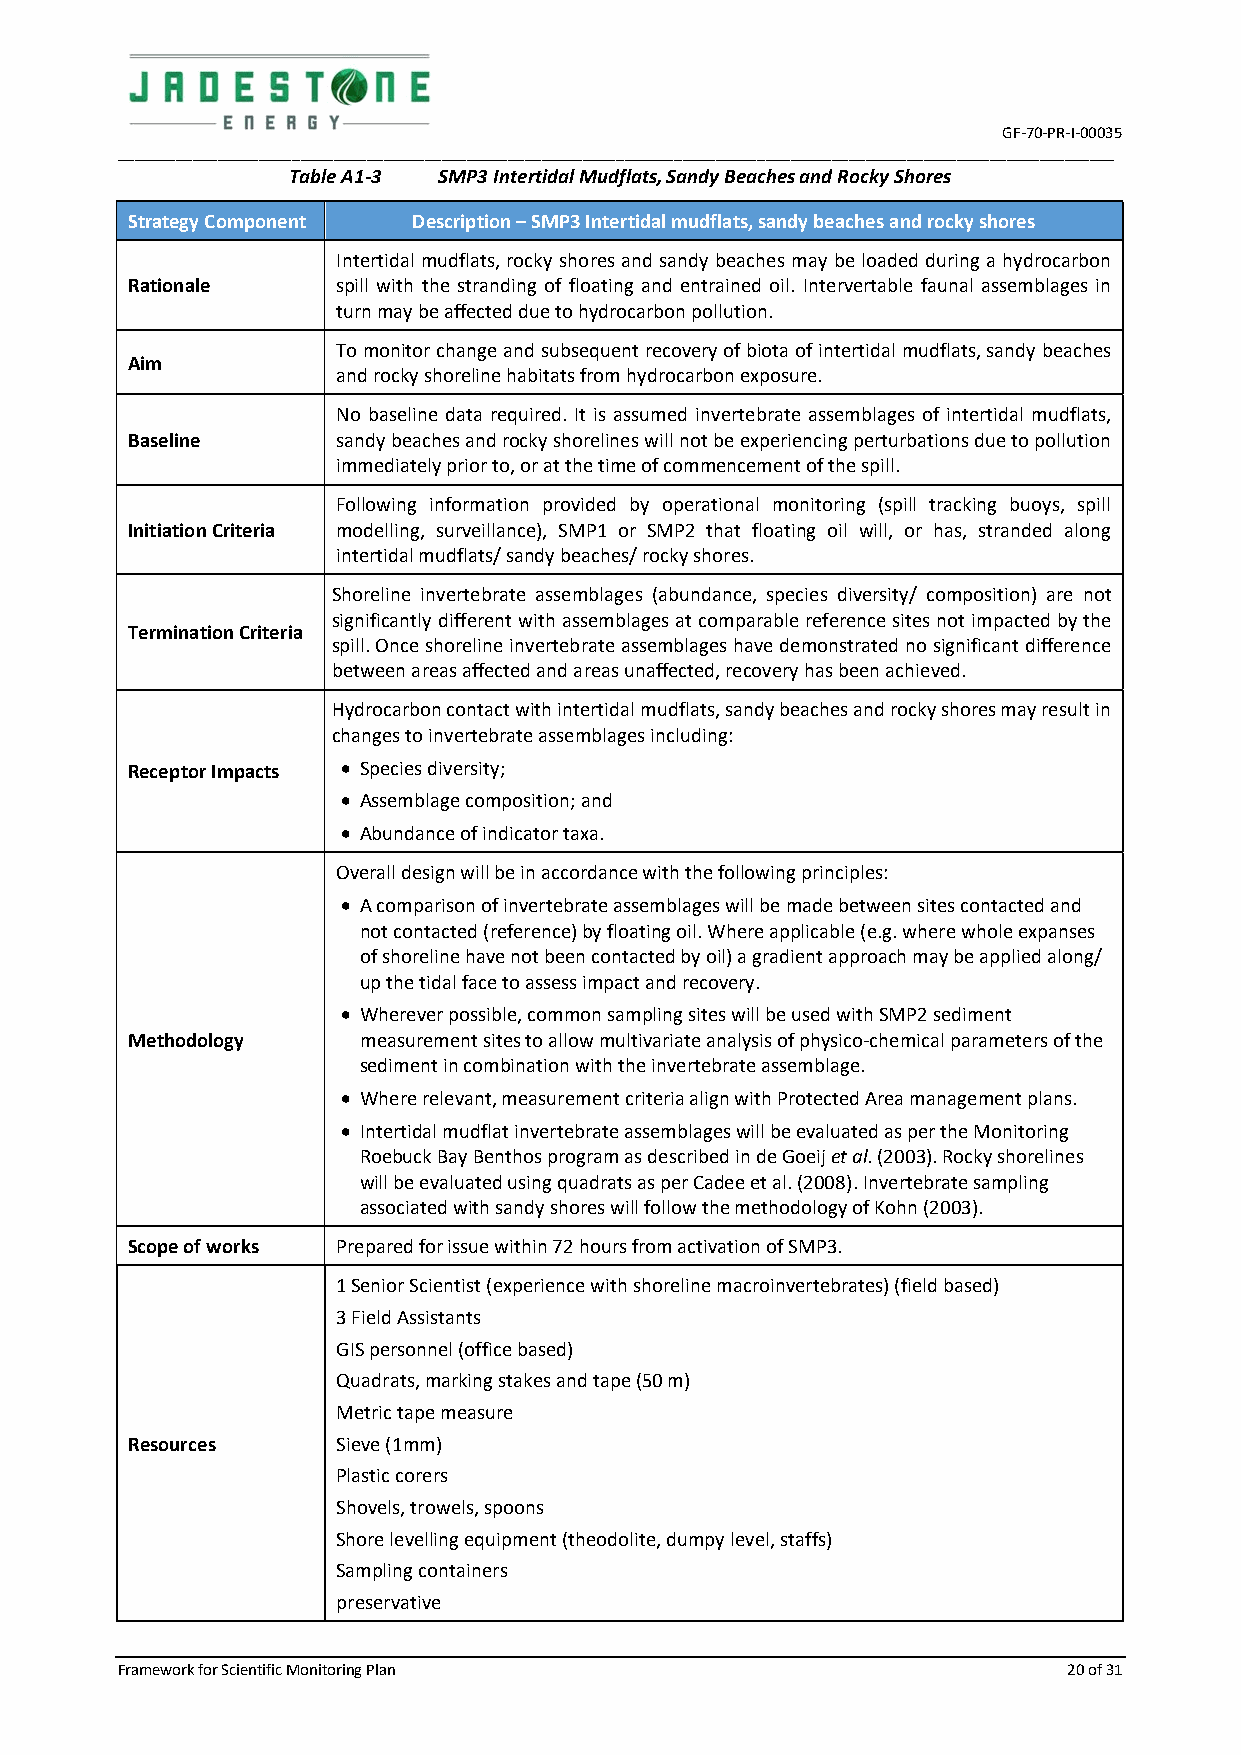
GF-70-PR-I-00035
 ________________________________________________________________________________________________________________________
 Table A1-3 SMP3 Intertidal Mudflats, Sandy Beaches and Rocky Shores
 Strategy Component Description – SMP3 Intertidal mudflats, sandy beaches and rocky shores
 Intertidal mudflats, rocky shores and sandy beaches may be loaded during a hydrocarbon
 Rationale     spill with the stranding of floating and entrained oil. Intervertable faunal assemblages in
 turn may be affected due to hydrocarbon pollution.
 To monitor change and subsequent recovery of biota of intertidal mudflats, sandy beaches
 Aim
 and rocky shoreline habitats from hydrocarbon exposure.
 No baseline data required. It is assumed invertebrate assemblages of intertidal mudflats,
 Baseline      sandy beaches and rocky shorelines will not be experiencing perturbations due to pollution
 immediately prior to, or at the time of commencement of the spill.
 Following information provided by operational monitoring (spill tracking buoys, spill
 Initiation Criteria modelling, surveillance), SMP1 or SMP2 that floating oil will, or has, stranded along
 intertidal mudflats/ sandy beaches/ rocky shores.
 Shoreline invertebrate assemblages (abundance, species diversity/ composition) are not
 significantly different with assemblages at comparable reference sites not impacted by the
 Termination Criteria
 spill. Once shoreline invertebrate assemblages have demonstrated no significant difference
 between areas affected and areas unaffected, recovery has been achieved.
 Hydrocarbon contact with intertidal mudflats, sandy beaches and rocky shores may result in
 changes to invertebrate assemblages including:
 Receptor Impacts  Species diversity;
  Assemblage composition; and
  Abundance of indicator taxa.
 Overall design will be in accordance with the following principles:
  A comparison of invertebrate assemblages will be made between sites contacted and
 not contacted (reference) by floating oil. Where applicable (e.g. where whole expanses
 of shoreline have not been contacted by oil) a gradient approach may be applied along/
 up the tidal face to assess impact and recovery.
  Wherever possible, common sampling sites will be used with SMP2 sediment
 Methodology     measurement sites to allow multivariate analysis of physico-chemical parameters of the
 sediment in combination with the invertebrate assemblage.
  Where relevant, measurement criteria align with Protected Area management plans.
  Intertidal mudflat invertebrate assemblages will be evaluated as per the Monitoring
 Roebuck Bay Benthos program as described in de Goeij et al. (2003). Rocky shorelines
 will be evaluated using quadrats as per Cadee et al. (2008). Invertebrate sampling
 associated with sandy shores will follow the methodology of Kohn (2003).
 Scope of works Prepared for issue within 72 hours from activation of SMP3.
 1 Senior Scientist (experience with shoreline macroinvertebrates) (field based)
 3 Field Assistants
 GIS personnel (office based)
 Quadrats, marking stakes and tape (50 m)
 Metric tape measure
 Resources     Sieve (1mm)
 Plastic corers
 Shovels, trowels, spoons
 Shore levelling equipment (theodolite, dumpy level, staffs)
 Sampling containers
 preservative
 Framework for Scientific Monitoring Plan                       20 of 31